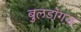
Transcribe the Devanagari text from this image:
बुलडॉगज़